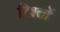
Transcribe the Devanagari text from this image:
रिश्‍तों